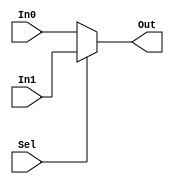
`timescale 1ns / 1ps
//////////////////////////////////////////////////////////////////////////////////
// Company: 
// Engineer: 
// 
// Design Name: 
// Module Name: mux2to1
// Project Name: 
// Target Devices: 
// Tool Versions: 
// Description: 
// 
// Dependencies: 
// 
// Revision:
// Revision 0.01 - File Created
// Additional Comments:
// 
//////////////////////////////////////////////////////////////////////////////////


module mux2to1(
    input [31:0] In0,
    input [31:0] In1,
    input Sel,
    output [31:0] Out
    );
    
    assign Out = (Sel) ? In1 : In0;
endmodule